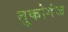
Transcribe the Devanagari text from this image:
तुकोगंज